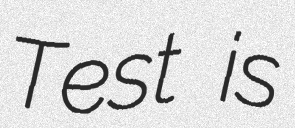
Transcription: Test is